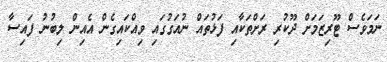
ނަމަވެސް ޓޫރިޒަމަށް ދޫކުރި ރަށްތަކާއި ފަޅުތައް ނުއަގުގައި ވިއްކައިގެން އެއިން ލިބުނު ފައިސާ